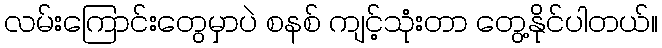
လမ်းကြောင်းတွေမှာပဲ စနစ် ကျင့်သုံးတာ တွေ့နိုင်ပါတယ်။